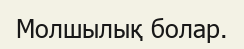
Молшылық болар.